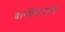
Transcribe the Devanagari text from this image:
बाजींसारख्या